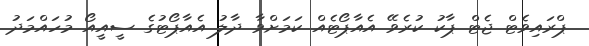
ޕްރައިވެޓް ޖެޓް ޕާކު ކުރެވޭ އެއާޕޯޓެއް ކަމަށްވާ ދާލު އެއާޕޯޓުގެ ސީއީއޯ މުހައްމަދު